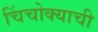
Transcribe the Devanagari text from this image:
चिंचोक्याची